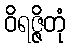
ဝိရဇ္ဇိတုံ